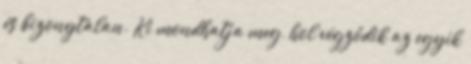
és bizonytalan. Ki mondhatja meg, hol végződik az egyik